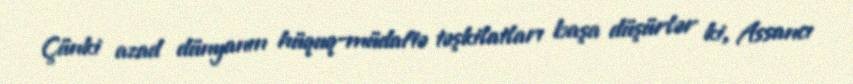
Çünki azad dünyanın hüquq-müdafiə təşkilatları başa düşürlər ki, Assancı